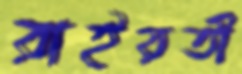
রাইয়তী